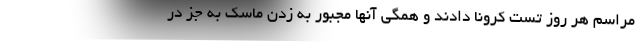
مراسم هر روز تست کرونا دادند و همگی آنها مجبور به زدن ماسک به جز در